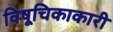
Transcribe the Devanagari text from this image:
विषूचिकाकारी